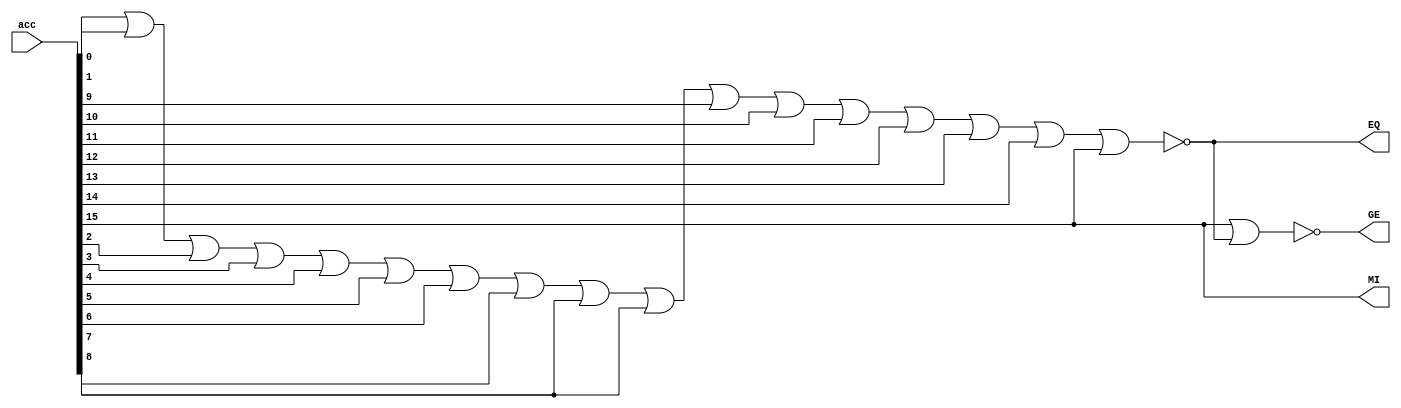
module compare

(
input [15:0] acc,
output EQ,
output MI,
output GE
);

assign EQ=~(acc[0] | acc[1] | acc[2] | acc[3] | acc[4] | acc[5] | acc[6] | acc[7] | acc[8] | acc[8] | acc[9] | acc[10] | acc[11] | acc[12] | acc[13] | acc[14] | acc[15]);
assign MI=acc[15];
assign GE=~(MI|EQ);

endmodule